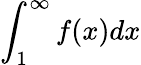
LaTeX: \int_{1}^{\infty}f(x)dx